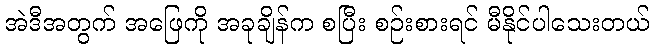
အဲဒီအတွက် အဖြေကို အခုချိန်က စပြီး စဉ်းစားရင် မီနိုင်ပါသေးတယ်